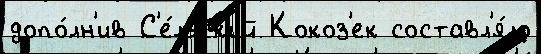
допо́лн'ив С'е́льск'ий Кокоз'ек составл'я́ло